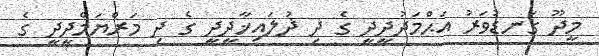
މީދޫ ގަނޑުވަރު އަޙްމަދުދީދީ ގެ ދި ޛުލައިޚާދީދީ ގެ ދި މަރްޔަމްދީދީ ގެ